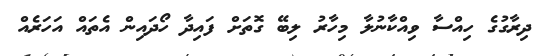
ދިރާގުގެ ހިއްސާ ވިއްކާނުލާ މިހާރު ލިބޭ ގޮތަށް ފައިދާ ހޯދައިން އެތައް އަހަރެއް